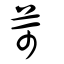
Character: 苛